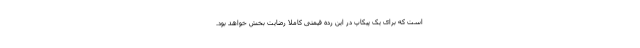
است که برای یک پیکاپ در این رده قیمتی کاملا رضایت بخش خواهد بود.